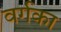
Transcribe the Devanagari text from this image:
वर्गका